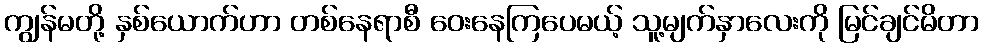
ကျွန်မတို့ နှစ်ယောက်ဟာ တစ်နေရာစီ ဝေးနေကြပေမယ့် သူ့မျက်နှာလေးကို မြင်ချင်မိတာ